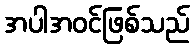
အပါအဝင်ဖြစ်သည်